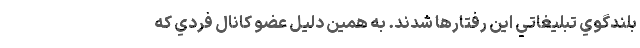
بلندگوي تبليغاتي اين رفتارها شدند. به همين دليل عضو كانال فردي كه